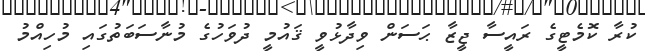
ކުރާ ކޮމެޓީގެ ރައީސާ ޖީޒާ ޙަސަން ވިދާޅުވީ ޤައުމީ ދުވަހުގެ މުނާސަބަތުގައި މުހިއްމު